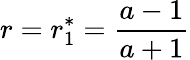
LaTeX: r=r_{1}^{*}=\frac{a-1}{a+1}